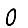
Digit: 0